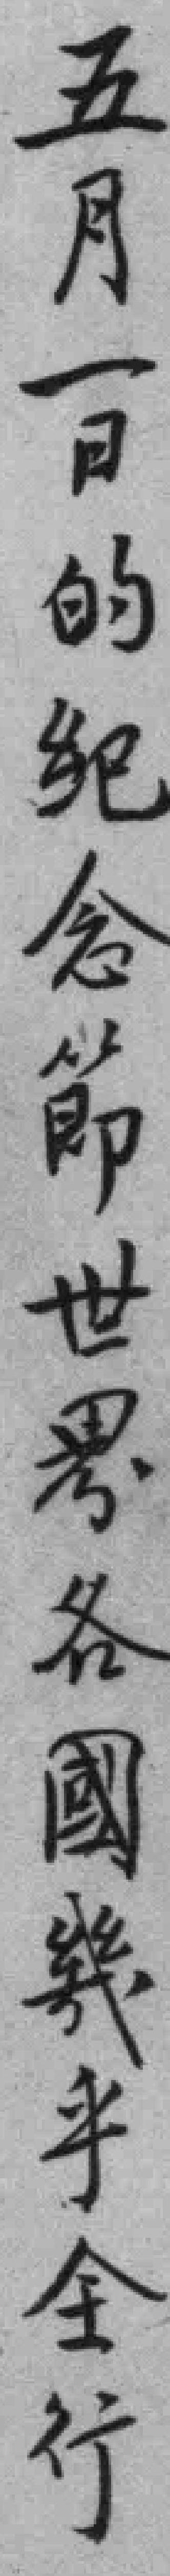
五月一日的纪念節世君各國幾乎全行